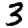
Digit: 3